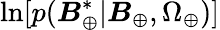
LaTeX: \ln[p(\boldsymbol{B}_{\oplus}^{*}|\boldsymbol{B}_{\oplus},\Omega_{\oplus})]